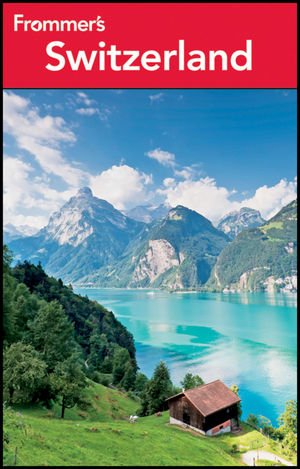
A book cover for Frommer's Switzerland (Frommer's Complete Guides); Darwin Porter; Travel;